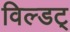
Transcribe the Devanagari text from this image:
विल्डट्